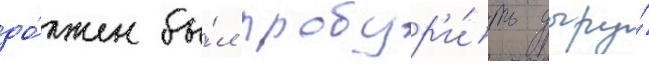
до́лжен бы́л пробур'и́ть дыру́